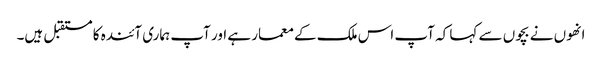
انھوں نے بچوں سے کہا کہ آپ اس ملک کے معمار ہے اور آپ ہماری آئندہ کا مستقبل ہیں۔